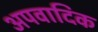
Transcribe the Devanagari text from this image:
अपवादिक